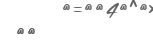
١٢